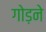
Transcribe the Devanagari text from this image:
गोड़ने